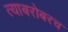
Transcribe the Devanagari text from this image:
त्‍याबरोबरच